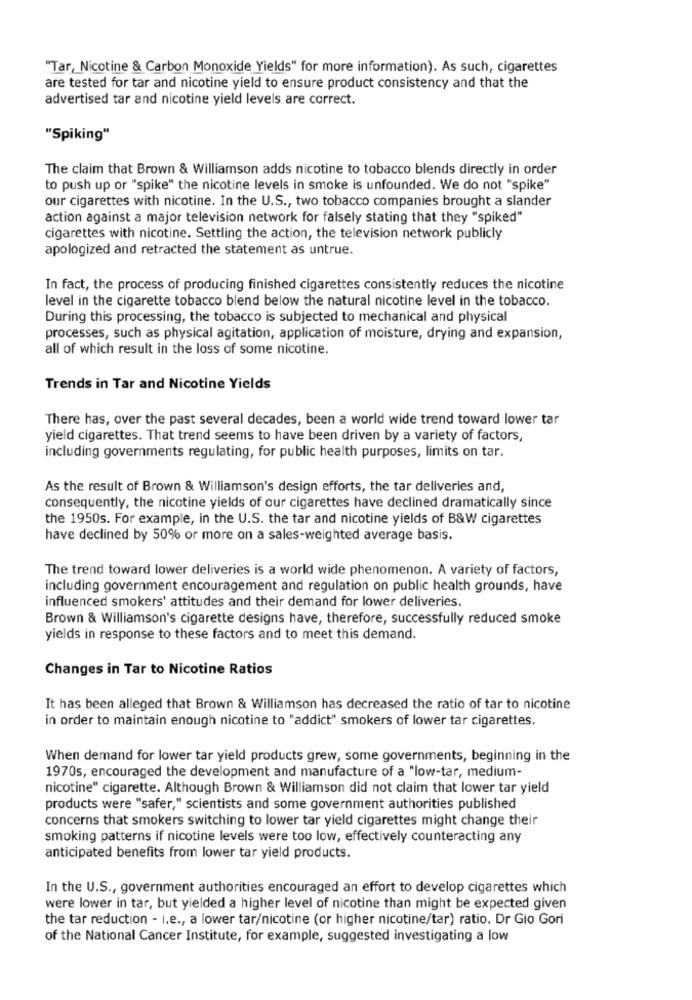
"Tar, Nicotine & Carbon Monoxide Yields" for more information). As such, cigarettes
are tested for tar and nicotine yield to ensure product consistency and that the
advertised tar and nicotine yield levels are correct.
"Spiking"
The claim that Brown & Williamson adds nicotine to tobacco blends directly in order
to push up or "spike" the nicotine levels in smoke is unfounded. We do not "spike"
our cigarettes with nicotine. In the U.S ., two tobacco companies brought a slander
action against a major television network for falsely stating that they "spiked"
cigarettes with nicotine. Settling the action, the television network publicly
apologized and retracted the statement as untrue.
In fact, the process of producing finished cigarettes consistently reduces the nicotine
level in the cigarette tobacco blend below the natural nicotine level in the tobacco.
During this processing, the tobacco is subjected to mechanical and physical
processes, such as physical agitation, application of moisture, drying and expansion,
all of which result in the loss of some nicotine.
Trends in Tar and Nicotine Yields
There has, over the past several decades, been a world wide trend toward lower tar
yield cigarettes. That trend seems to have been driven by a variety of factors,
including governments regulating, for public health purposes, limits on tar.
As the result of Brown & Williamson's design efforts, the tar deliveries and,
consequently, the nicotine yields of our cigarettes have declined dramatically since
the 1950s. For example, in the U.S. the tar and nicotine yields of B&W cigarettes
have declined by 50% or more on a sales-weighted average basis.
The trend toward lower deliveries is a world wide phenomenon. A variety of factors,
including government encouragement and regulation on public health grounds, have
influenced smokers' attitudes and their demand for lower deliveries.
Brown & Williamson's cigarette designs have, therefore, successfully reduced smoke
yields in response to these factors and to meet this demand.
Changes in Tar to Nicotine Ratios
It has been alleged that Brown & Williamson has decreased the ratio of tar to nicotine
in order to maintain enough nicotine to "addict" smokers of lower tar cigarettes.
When demand for lower tar yield products grew, some governments, beginning in the
1970s, encouraged the development and manufacture of a "low-tar, medium-
nicotine" cigarette. Although Brown & Williamson did not claim that lower tar yield
products were "safer," scientists and some government authorities published
concerns that smokers switching to lower tar yield cigarettes might change their
smoking patterns if nicotine levels were too low, effectively counteracting any
anticipated benefits from lower tar yield products.
In the U.S ., government authorities encouraged an effort to develop cigarettes which
were lower in tar, but yielded a higher level of nicotine than might be expected given
the tar reduction - i.e ., a lower tar/nicotine (or higher nicotine/tar) ratio. Dr Gio Gori
of the National Cancer Institute, for example, suggested investigating a low